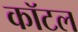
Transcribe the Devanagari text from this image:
कॉटल